NAE_ERA_R-2632_ENSV_TA_Emakeele_Selts_1945-1955, lk 126
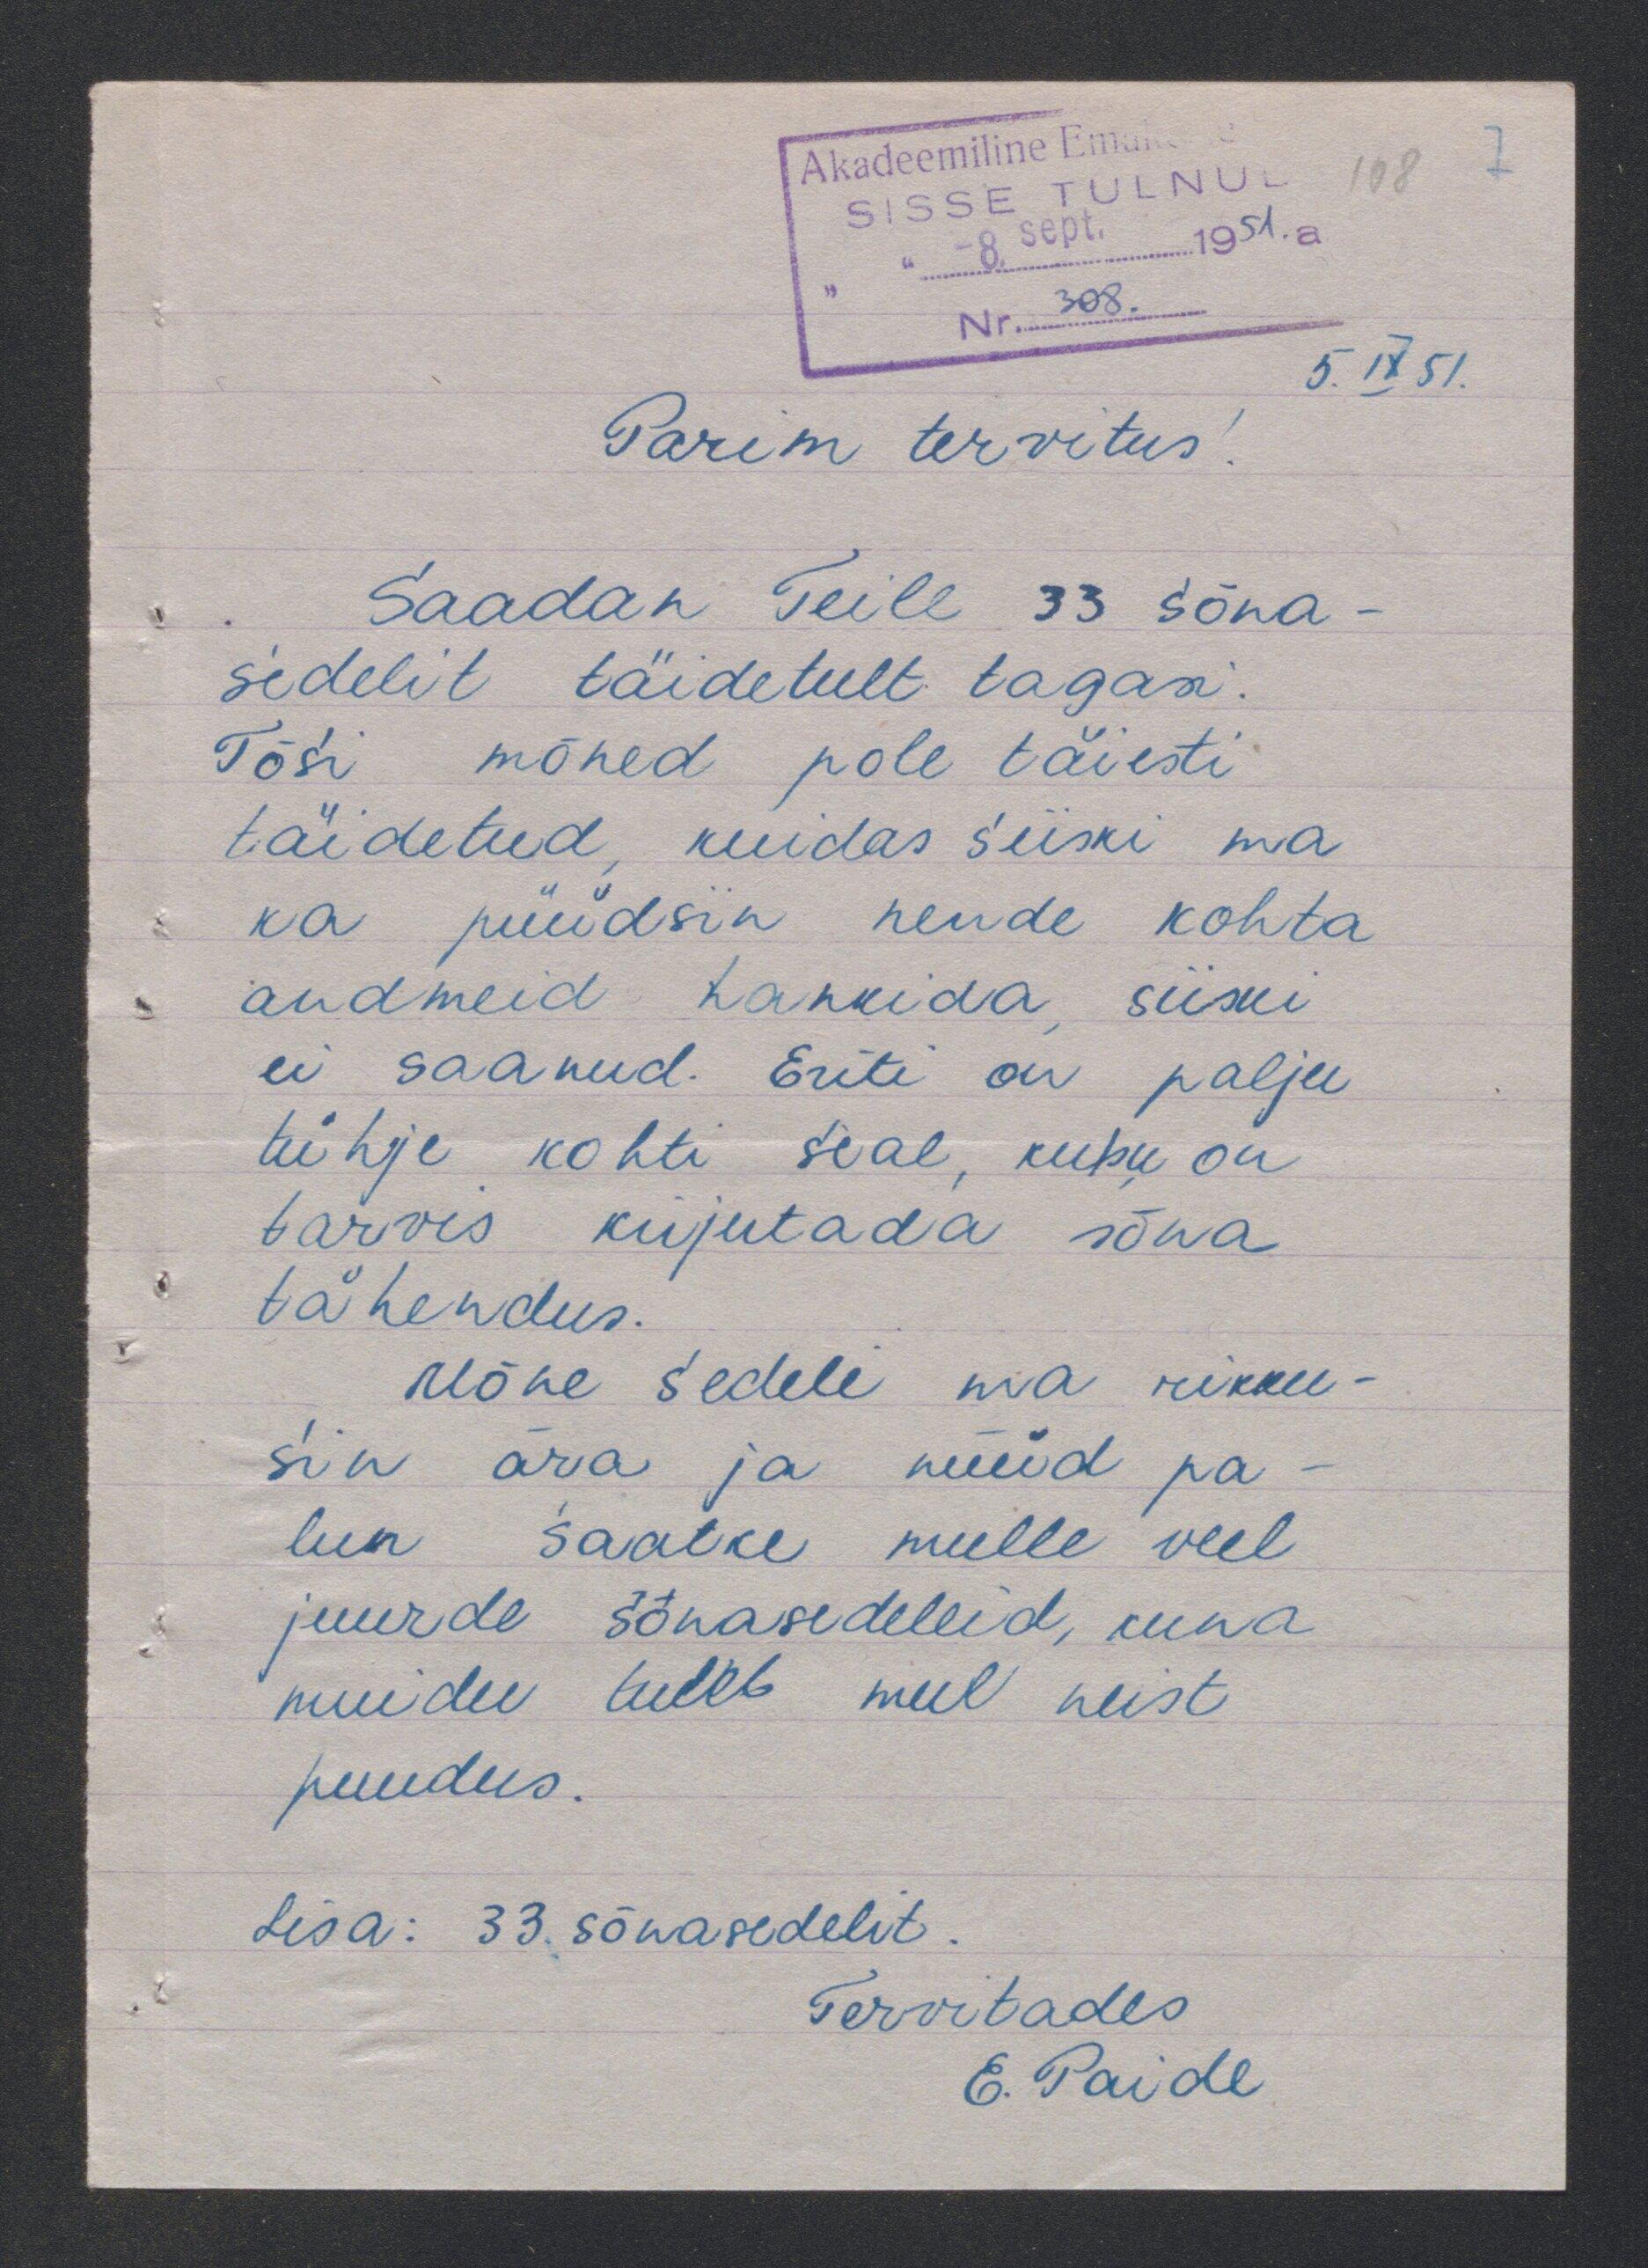
5. IX 51.
Parim tervitus!
Saadan Teile 33 sõna
sedelit täidetult tagasi.
Tõsi mõned pole täiesti
täidetud, kuidas siiski ma
ka püüdsin nende kohta
andmeid hankida, siiski
ei saanud. Eriti on palju
tühje kohti seal, kuhu on
tarvis kujutada sõna
tähendus.
Mõne sedeli ma rikku-
sin ära ja nüüd pa
lun saatke mulle veel
juurde sõnasedeleid, kuna
muidu tuleb mul neist
puudus.
Lisa: 33. sõnasedelit.
Tervitades
E. Paide